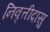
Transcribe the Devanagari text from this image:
निवृत्तीदासु